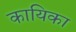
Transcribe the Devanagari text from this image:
कायिका